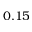
0 . 1 5